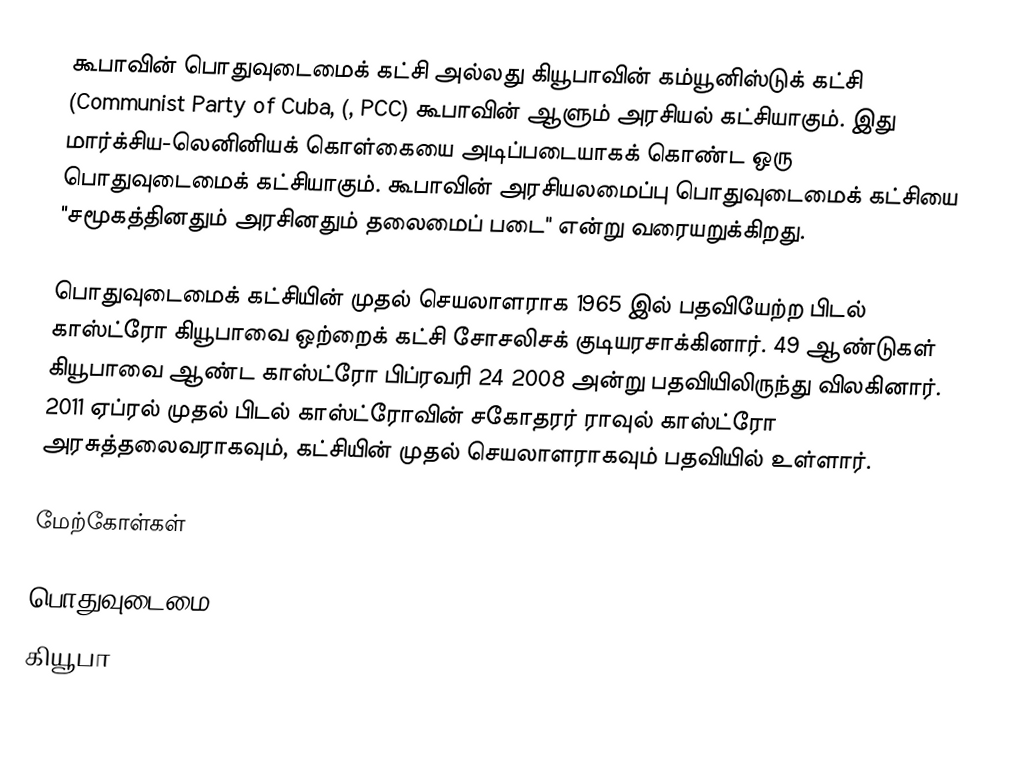
கூபாவின் பொதுவுடைமைக் கட்சி அல்லது கியூபாவின் கம்யூனிஸ்டுக் கட்சி (Communist Party of Cuba, (, PCC) கூபாவின் ஆளும் அரசியல் கட்சியாகும். இது மார்க்சிய-லெனினியக் கொள்கையை அடிப்படையாகக் கொண்ட ஒரு பொதுவுடைமைக் கட்சியாகும். கூபாவின் அரசியலமைப்பு பொதுவுடைமைக் கட்சியை "சமூகத்தினதும் அரசினதும் தலைமைப் படை" என்று வரையறுக்கிறது.

பொதுவுடைமைக் கட்சியின் முதல் செயலாளராக 1965 இல் பதவியேற்ற பிடல் காஸ்ட்ரோ கியூபாவை ஒற்றைக் கட்சி சோசலிசக் குடியரசாக்கினார். 49 ஆண்டுகள் கியூபாவை ஆண்ட காஸ்ட்ரோ பிப்ரவரி 24 2008 அன்று பதவியிலிருந்து விலகினார். 2011 ஏப்ரல் முதல் பிடல் காஸ்ட்ரோவின் சகோதரர் ராவுல் காஸ்ட்ரோ அரசுத்தலைவராகவும், கட்சியின் முதல் செயலாளராகவும் பதவியில் உள்ளார்.

மேற்கோள்கள்

பொதுவுடைமை
கியூபா